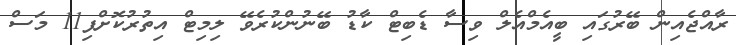
ރާއްޖެއިން ބޭރުގައި ބީއެމްއެލް ވިސާ ޑެބިޓް ކާޑު ބޭނުންކުރެވޭ ލިމިޓް އިތުރުކޮށްފި11 މަސް